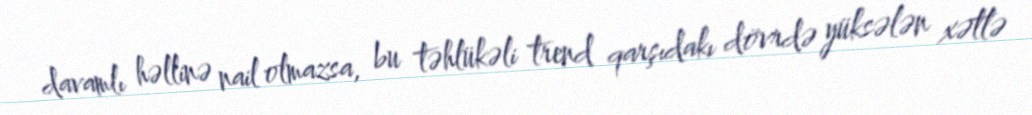
davamlı həllinə nail olmazsa, bu təhlükəli trend qarşıdakı dövrdə yüksələn xətlə